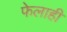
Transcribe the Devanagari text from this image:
फेलाही